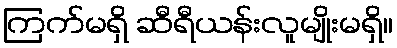
ကြက်မရှိ ဆီရီယန်းလူမျိုးမရှိ။